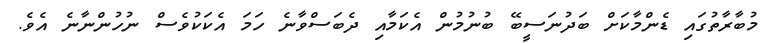
މުބާރާތުގައި ޑެންމާކަށް ބަދުނަސީބޭ ބުނުމުން އެކަމާއި ދެބަސްވާނެ ހަމަ އެކަކުވެސް ނުހުންނާނެ އެވެ.